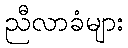
ညီလာခံများ